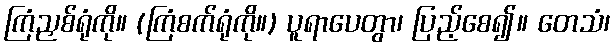
ကြံညှစ်ရုံကို။ (ကြံစက်ရုံကို။) ပူရာပေတွာ၊ ပြည့်စေ၍။ တေသံ၊